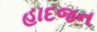
હાદજન